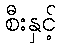
စီးနှင့်